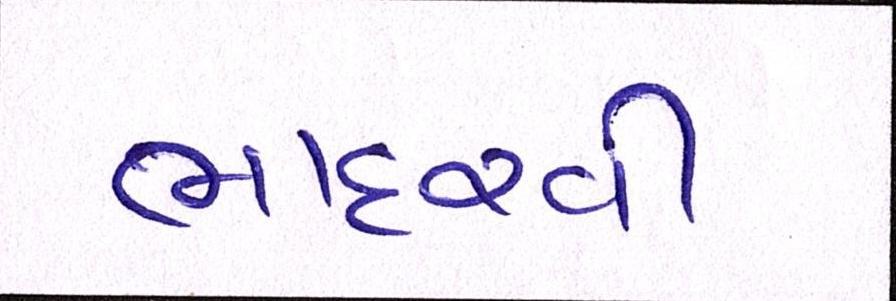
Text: ભાદરવી